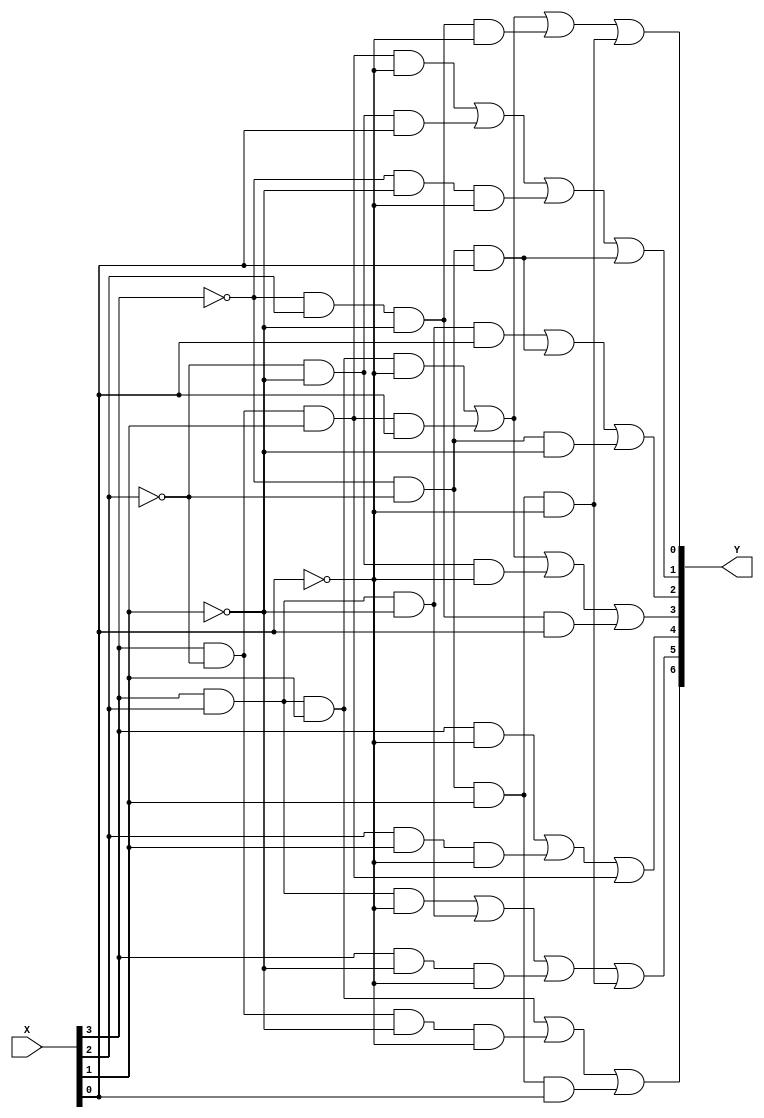
module decoder_7seg(X, Y);
	input [3:0] X;
	output [6:0]Y;
	
	assign Y[0] = (X[3] & X[2] & X[1] & ~X[0]) | (X[3] & ~X[2] & X[1] & X[0]) | (~X[3] & X[2] & ~X[1] & ~X[0]) | (~X[3] & ~X[2] & X[1] & ~X[0]);
	
	assign Y[1] = (X[3] & ~X[2] & X[1] & ~X[0]) | (~X[2] & ~X[1] & X[0]) | (~X[3] & ~X[1] & ~X[0]) | (~X[3] & ~X[2] & X[0]);
	
	assign Y[2] = (X[3] & X[2] & ~X[1] & X[0]) | (~X[3] & ~X[2] & X[0]) | (~X[3] & ~X[2] & ~X[1]);
	
	assign Y[3] = (X[3] & X[2] & X[1] & ~X[0]) | (X[3] & ~X[2] & X[1] & X[0]) | (~X[2] & ~X[1] & ~X[0]) | (~X[3] & X[2] & ~X[1] & X[0]);
	
	assign Y[4] = (X[3] & ~X[0]) | (X[2] & X[1] & ~X[0]) | (X[3] & ~X[2] & X[1]);
	
	assign Y[5] = (X[3] & X[2] & ~X[0]) | (X[3] & X[2] & ~X[1]) | (X[3] & ~X[1] & ~X[0]) | (~X[3] & ~X[2] & X[1] & ~X[0]);
	
	assign Y[6] = (X[3] & X[2] & X[1]) | (X[3] & ~X[2] & ~X[1] & ~X[0]) | (~X[3] & ~X[2] & X[1] & X[0]);

endmodule